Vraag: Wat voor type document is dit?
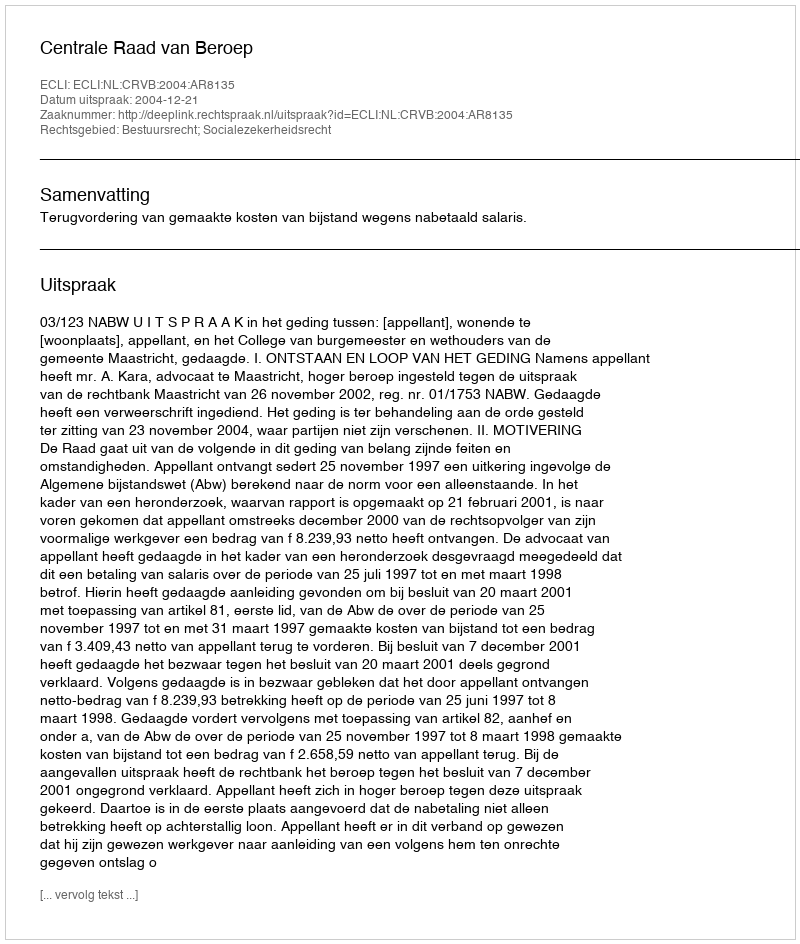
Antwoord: Uitspraak